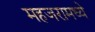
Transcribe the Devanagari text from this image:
महजरामध्ये